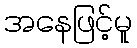
အနေဖြင့်မူ